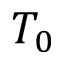
T _ { 0 }